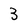
Character: 3